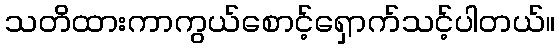
သတိထားကာကွယ်စောင့်ရှောက်သင့်ပါတယ်။